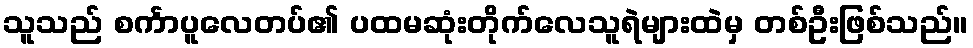
သူသည် စင်္ကာပူလေတပ်၏ ပထမဆုံးတိုက်လေသူရဲများထဲမှ တစ်ဦးဖြစ်သည်။